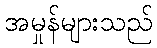
အမှုန်များသည်